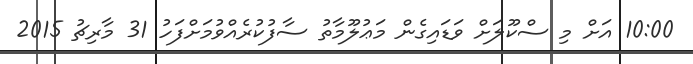
10:00 އަށް މި ސްކޫލަށް ވަޑައިގެން މަޢުލޫމާތު ސާފުކުރެއްވުމަށްފަހު 31 މާރިޗު 2015